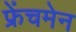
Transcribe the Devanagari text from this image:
फ्रेंचमेन